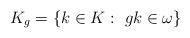
LaTeX: \begin{align*}K_g=\{k\in K:\ gk\in\omega\}\end{align*}